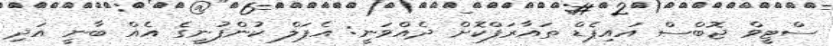
ސްޓީވް ޖޮބްސް އައިޕެޑް ތައާރަފްކޮށް ދެއްވަނީ: އެޕަލް ކުންފުނީގެ އެއް ބާނީ އަދި